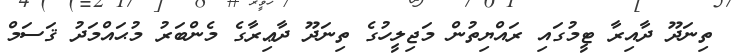
ތިނަދޫ ދާއިރާ ޓީމުގައި ރައްޔިތުން މަޖިލީހުގެ ތިނަދޫ ދާޢިރާގެ މެންބަރު މުޙައްމަދު ޤަސަމް